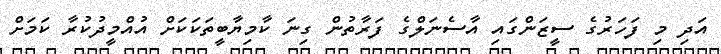
އަދި މި ފަހަރުގެ ސީޒަންގައި އާސެނަލްގެ ފަރާތުން ގިނަ ކާމިޔާބީތަކަކަށް އުއްމީދުކުރާ ކަމަށް